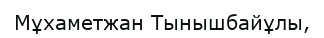
Мұхаметжан Тынышбайұлы,